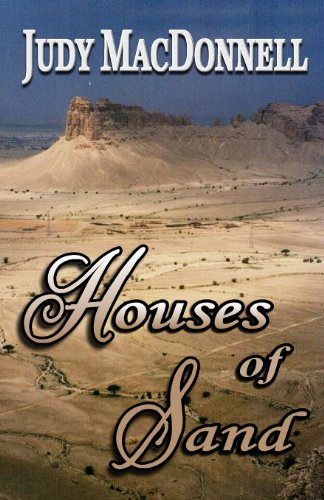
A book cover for Houses of Sand: Memories of Saudi Arabia; Mrs Judy MacDonnell; History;